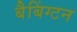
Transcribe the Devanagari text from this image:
बैबिंग्टन